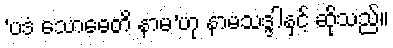
‘ပဒံ သောဓေတိ နာမ’ဟု နာမသဒ္ဒါနှင့် ဆိုသည်။